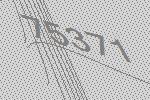
75371